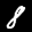
Label: 8